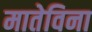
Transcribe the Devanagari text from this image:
मातेविना